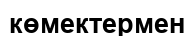
көмектермен